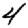
Digit: 4